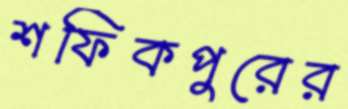
শফিকপুরের